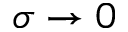
\sigma \to 0